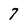
Character: 7